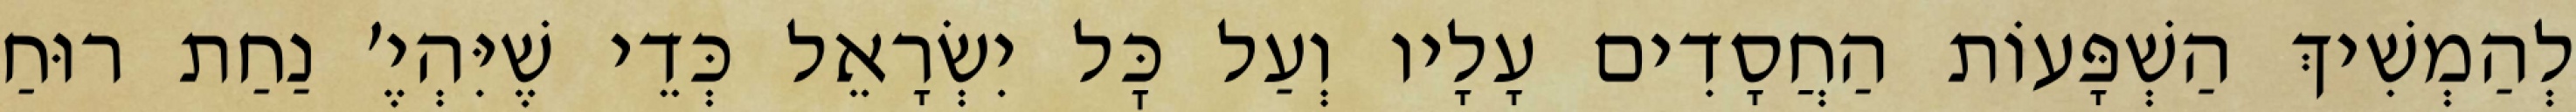
לְהַמְשִׁיךְ הַשְׁפָּעוֹת הַחֲסָדִים עָלָיו וְעַל כׇּל יִשְׂרָאֵל כְּדֵי שֶׁיִּהְיֶ׳ נַחַת רוּחַ